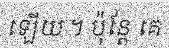
ឡើយ ។ ប៉ុន្តែ គេ